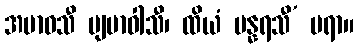
အမာဝသီ ပျမာဝါသီ၊ ထိယံ ပန္နရသီ’ ပရာ။